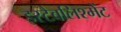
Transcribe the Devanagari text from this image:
इस्टैबलिश्मेंट